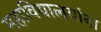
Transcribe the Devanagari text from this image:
महाविद्यालयांना